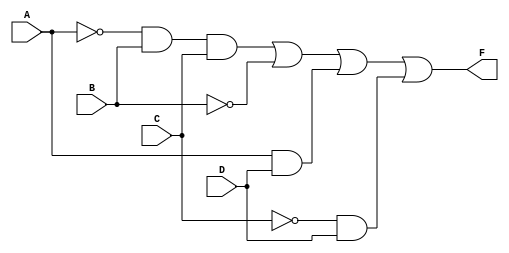
`timescale 1ns / 1ps
//////////////////////////////////////////////////////////////////////////////////
// Company: 
// Engineer: 
// 
// Design Name: 
// Module Name: f_lab2
// Project Name: 
// Target Devices: 
// Tool Versions: 
// Description: 
// 
// Dependencies: 
// 
// Revision:
// Revision 0.01 - File Created
// Additional Comments:
// 
//////////////////////////////////////////////////////////////////////////////////


module f_lab2(
    input A, B, C, D,
    output F
    );
    
    wire An, Bn, Cn;    // ara deger tanimlamak icin wire kullandik
    not(An, A);         // bit degerinin tersini alir
    not(Bn, B);
    not(Cn, C);
    
    wire AnBC;
    and(AnBC, An, B, C);    // and islemi
    
    wire AD;
    and(AD, A, D);   
    
    wire CnD;
    and(CnD, Cn, D);
    
    or(F, AnBC, Bn, AD, CnD);   // tum olusturulanlar or islemine girer ve output'a atilir
endmodule